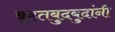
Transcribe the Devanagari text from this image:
बृहतबुदबुदांनी